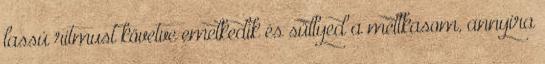
lassú ritmust követve emelkedik és süllyed a mellkasom, annyira